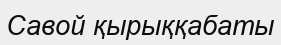
Савой қырыққабаты